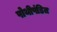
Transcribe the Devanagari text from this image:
पोथीपंडित